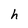
Character: h